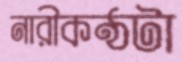
নারীকণ্ঠটা